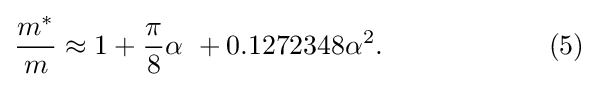
{\frac {m^{*}}{m}}\approx 1+{\frac {\pi }{8}}\alpha \ +0.1272348\alpha ^{2}.\qquad \qquad \qquad (5)